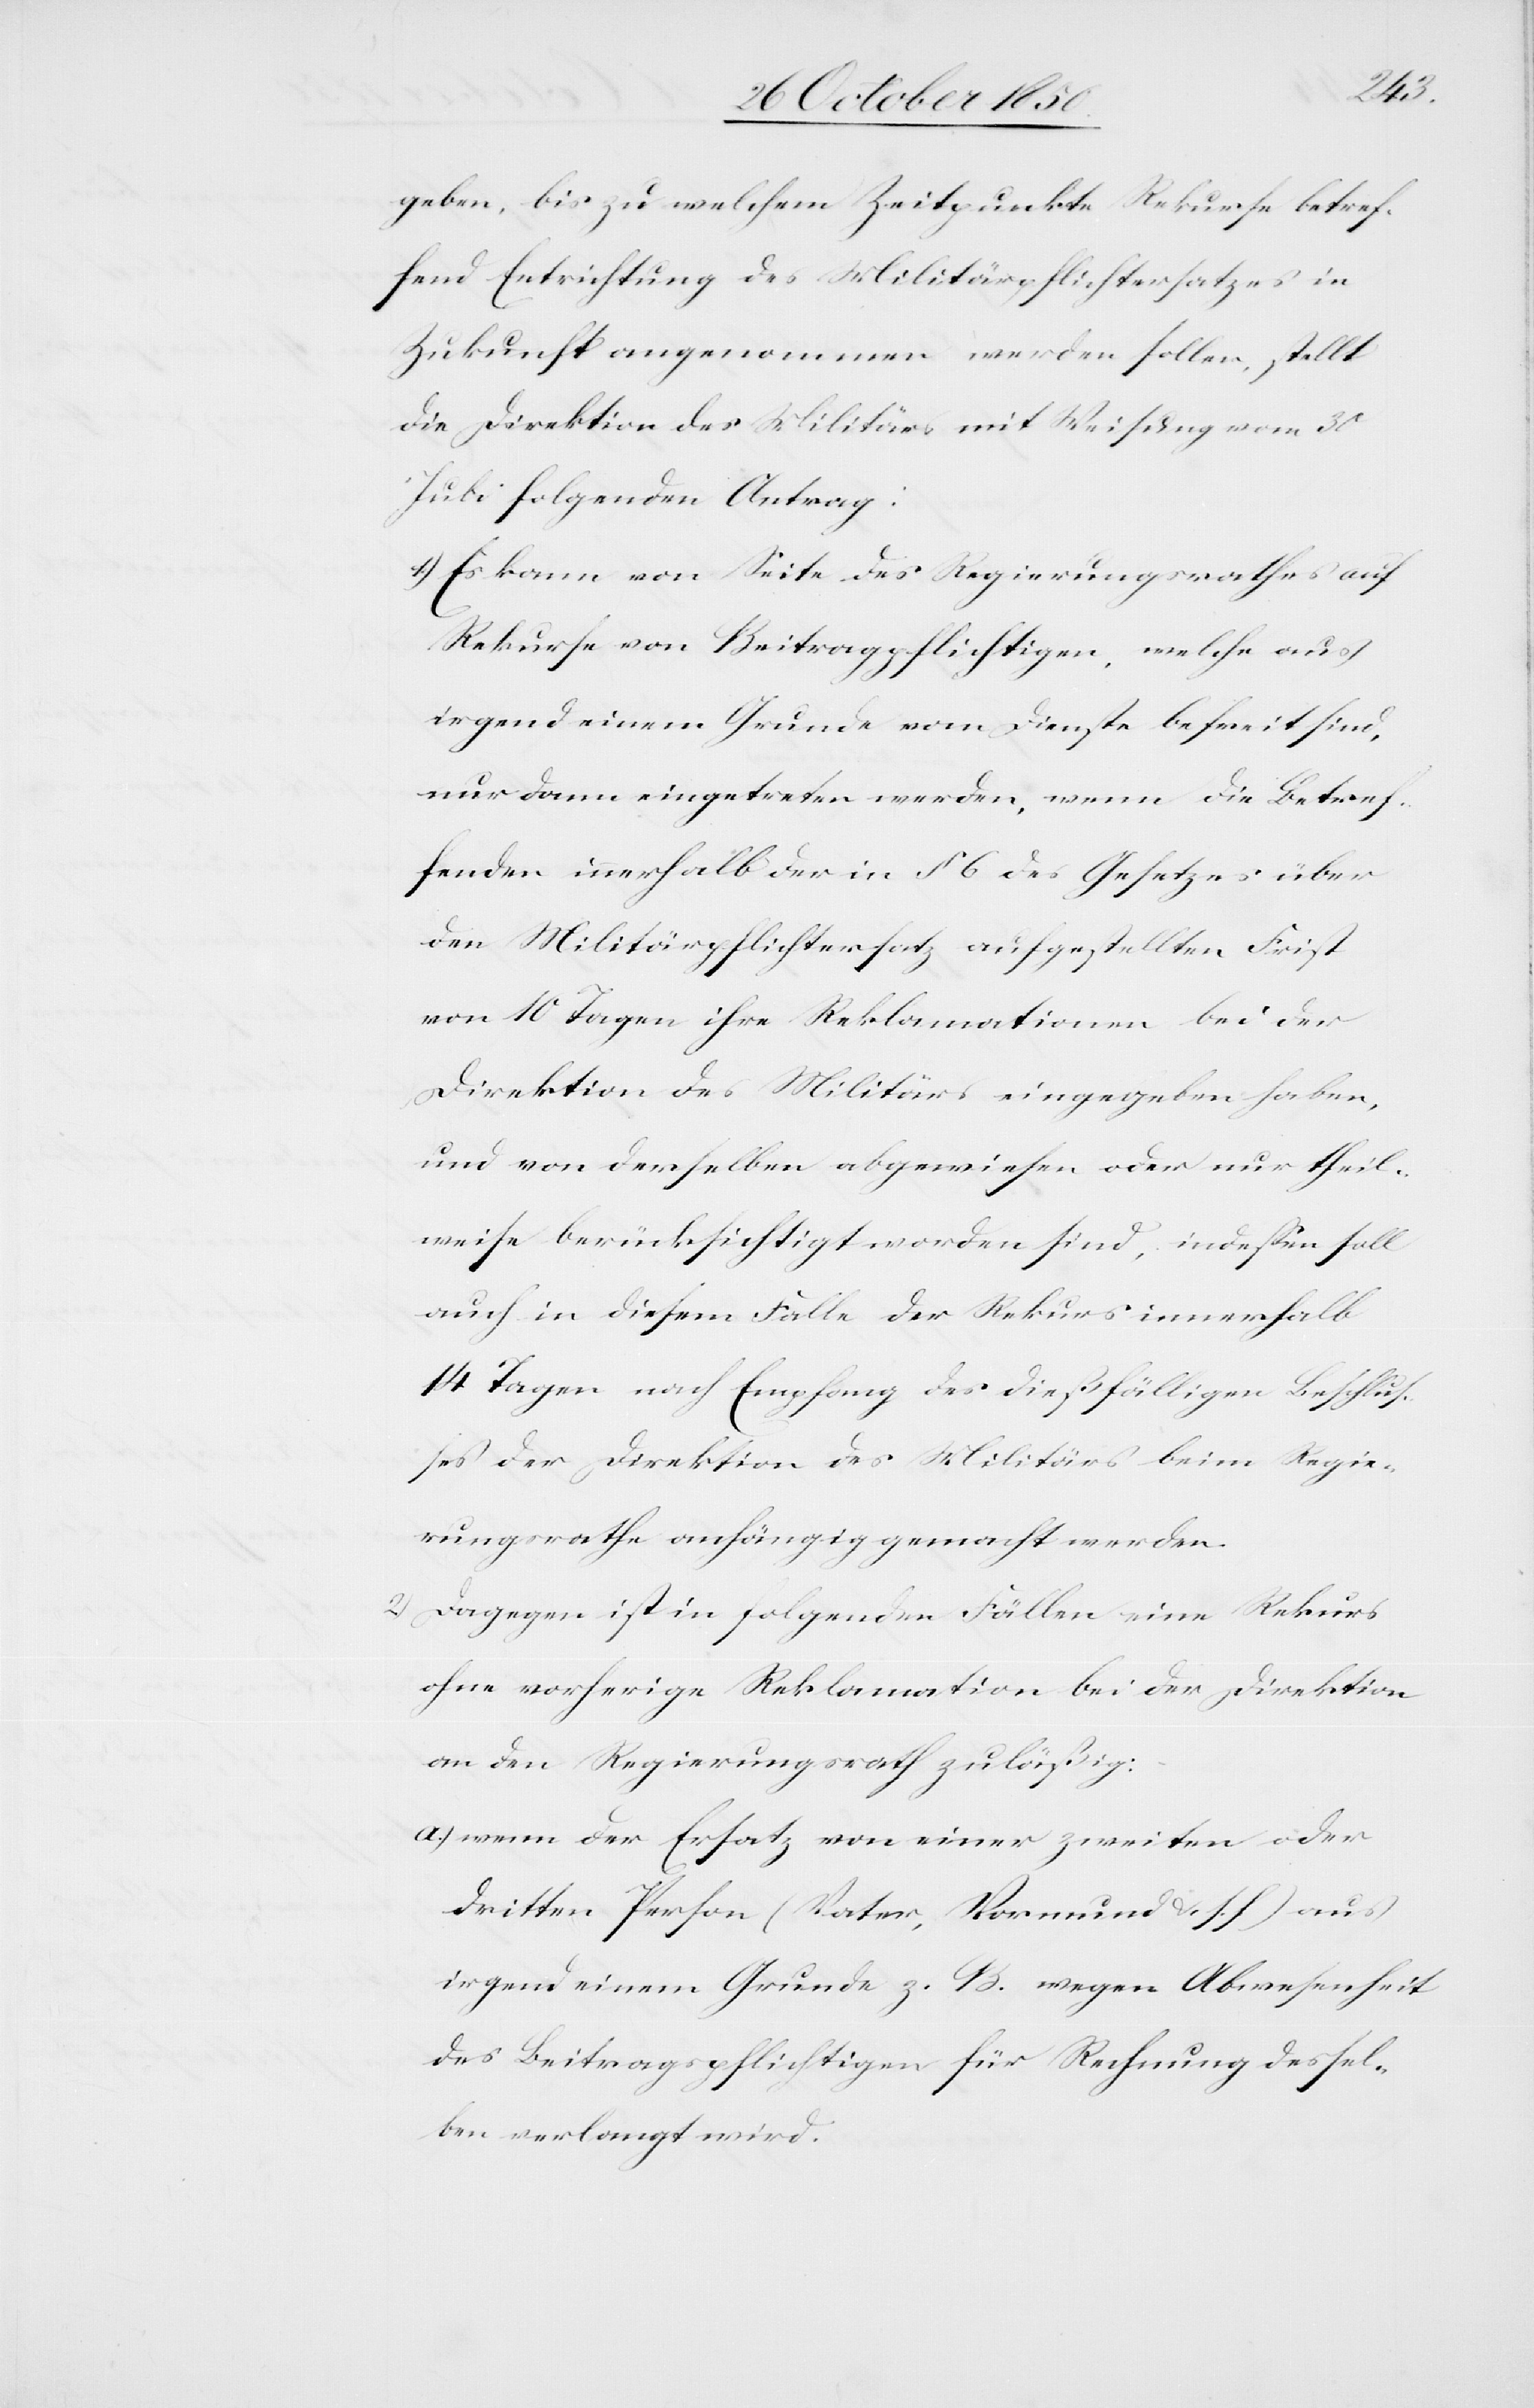
geben, bis zu welchem Zeitpunkte Rekurse betref¬
fend Entrichtung des Militärpflichtersatzes in
Zukunft angenommen werden sollen, stellt
die Direktion des Militärs mit Weisung vom 30
Juli folgenden Antrag:
1) Es kann von Seite des Regierungsrathes auf
Rekurse von Beitragpflichtigen, welche aus
irgend einem Grunde vom Dienste befreit sind,
nur dann eingetreten werden, wenn die Betref¬
fenden innerhalb der in § 6 des Gesetzes über
den Militärpflichtersatz aufgestellten Frist
von 10 Tagen ihre Reklamationen bei der
Direktion des Militärs eingegeben haben,
und von derselben abgewiesen oder nur theil¬
weise berücksichtigt worden sind, indessen soll
auch in diesem Falle der Rekurs innerhalb
14 Tagen nach Empfang des dießfälligen Beschlus¬
ses der Direktion des Militärs beim Regie¬
rungsrathe anhängig gemacht werden.
2) Dagegen ist in folgenden Fällen eine Rekurs
ohne vorherige Reklamation bei der Direktion
an den Regierungsrath zuläßig:
a.) wenn der Ersatz von einer zweiten oder
dritten Person (Vater, Vormund u. s. f) aus
irgend einem Grunde z. B. wegen Abwesenheit
des Beitragspflichtigen für Rechnung dessel¬
ben verlangt wird.